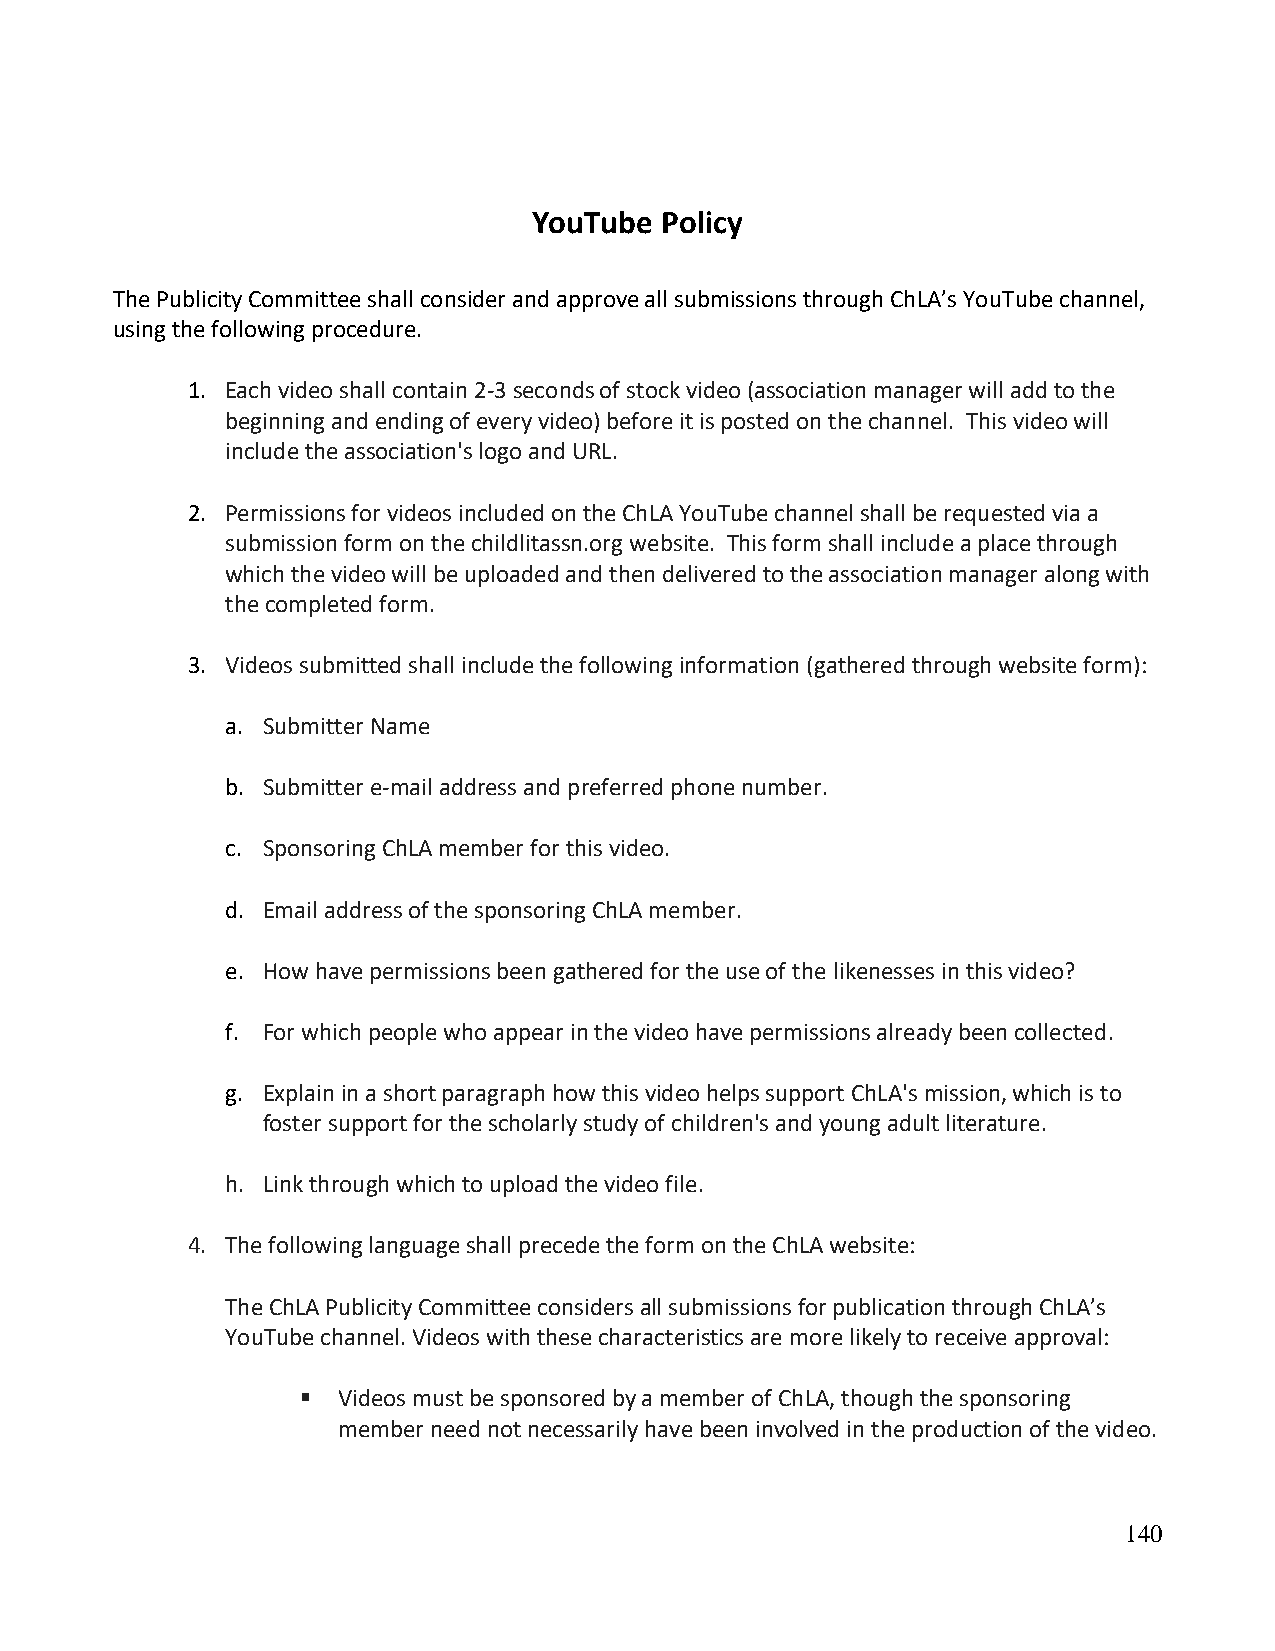
YouTube  Policy
 The Publicity Committee shall consider and approve all submissions through ChLA’s YouTube channel,
 using the following procedure.
 1. Each video shall contain 2-3 seconds of stock video (association manager will add to the
 beginning and ending of every video) before it is posted on the channel. This video will
 include the association's logo and URL.
 2. Permissions for videos included on the ChLA YouTube channel shall be requested via a
 submission form on the childlitassn.org website. This form shall include a place through
 which the video will be uploaded and then delivered to the association manager along with
 the completed form.
 3. Videos submitted shall include the following information (gathered through website form):
 a. Submitter Name
 b. Submitter e-mail address and preferred phone number.
 c. Sponsoring ChLA member for this video.
 d. Email address of the sponsoring ChLA member.
 e. How have permissions been gathered for the use of the likenesses in this video?
 f. For which people who appear in the video have permissions already been collected.
 g. Explain in a short paragraph how this video helps support ChLA's mission, which is to
 foster support for the scholarly study of children's and young adult literature.
 h. Link through which to upload the video file.
 4. The following language shall precede the form on the ChLA website:
 The ChLA Publicity Committee considers all submissions for publication through ChLA’s
 YouTube channel. Videos with these characteristics are more likely to receive approval:
 ▪ Videos must be sponsored by a member of ChLA, though the sponsoring
 member need not necessarily have been involved in the production of the video.
 140